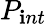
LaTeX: P_{\mathbf{i}nt}